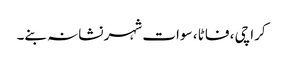
کراچی ، فاٹا ، سوات شہر نشانہ بنے۔